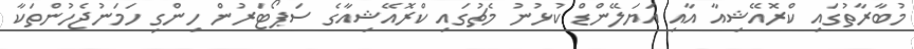
މުބާރާތުގައި ކްރޮއޭޝިއާ އާއި އަޔަލޭންޑް ކުޅުނު މެޗުގައި ކްރޮއޭޝިއާގެ ސަޕޯޓަރުން ހިންގި ހަމަނުޖެހުންތަކާ